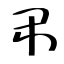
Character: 弔